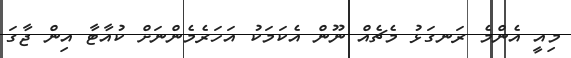
މިއީ އެންމެ ރަނގަޅު މެޗެއް ނޫން އެކަމަކު އަހަރެމެންނަށް ކުއާޓާ އިން ޖާގަ